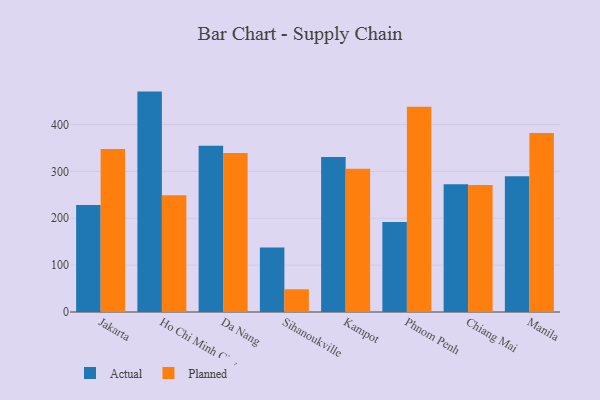
{"axis": {"x": "City", "y": "Tickets Resolved"}, "legend": ["Actual", "Planned"], "data": [{"x": "Jakarta", "y": 228.3, "type": "Actual"}, {"x": "Jakarta", "y": 347.7, "type": "Planned"}, {"x": "Ho Chi Minh City", "y": 470.2, "type": "Actual"}, {"x": "Ho Chi Minh City", "y": 248.9, "type": "Planned"}, {"x": "Da Nang", "y": 354.9, "type": "Actual"}, {"x": "Da Nang", "y": 339.1, "type": "Planned"}, {"x": "Sihanoukville", "y": 137.7, "type": "Actual"}, {"x": "Sihanoukville", "y": 48.5, "type": "Planned"}, {"x": "Kampot", "y": 330.9, "type": "Actual"}, {"x": "Kampot", "y": 305.5, "type": "Planned"}, {"x": "Phnom Penh", "y": 191.9, "type": "Actual"}, {"x": "Phnom Penh", "y": 437.7, "type": "Planned"}, {"x": "Chiang Mai", "y": 272.6, "type": "Actual"}, {"x": "Chiang Mai", "y": 271.2, "type": "Planned"}, {"x": "Manila", "y": 289.4, "type": "Actual"}, {"x": "Manila", "y": 382.1, "type": "Planned"}]}